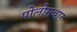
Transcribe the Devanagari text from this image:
पोलोमबार